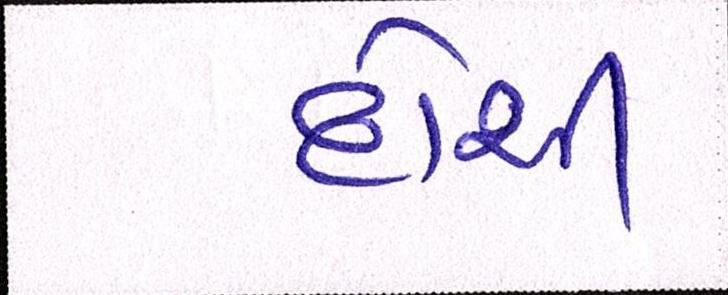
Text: દોશી